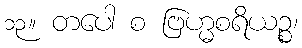
၁၃။ တပေါ စ ဗြဟ္မစရိယဉ္စ၊